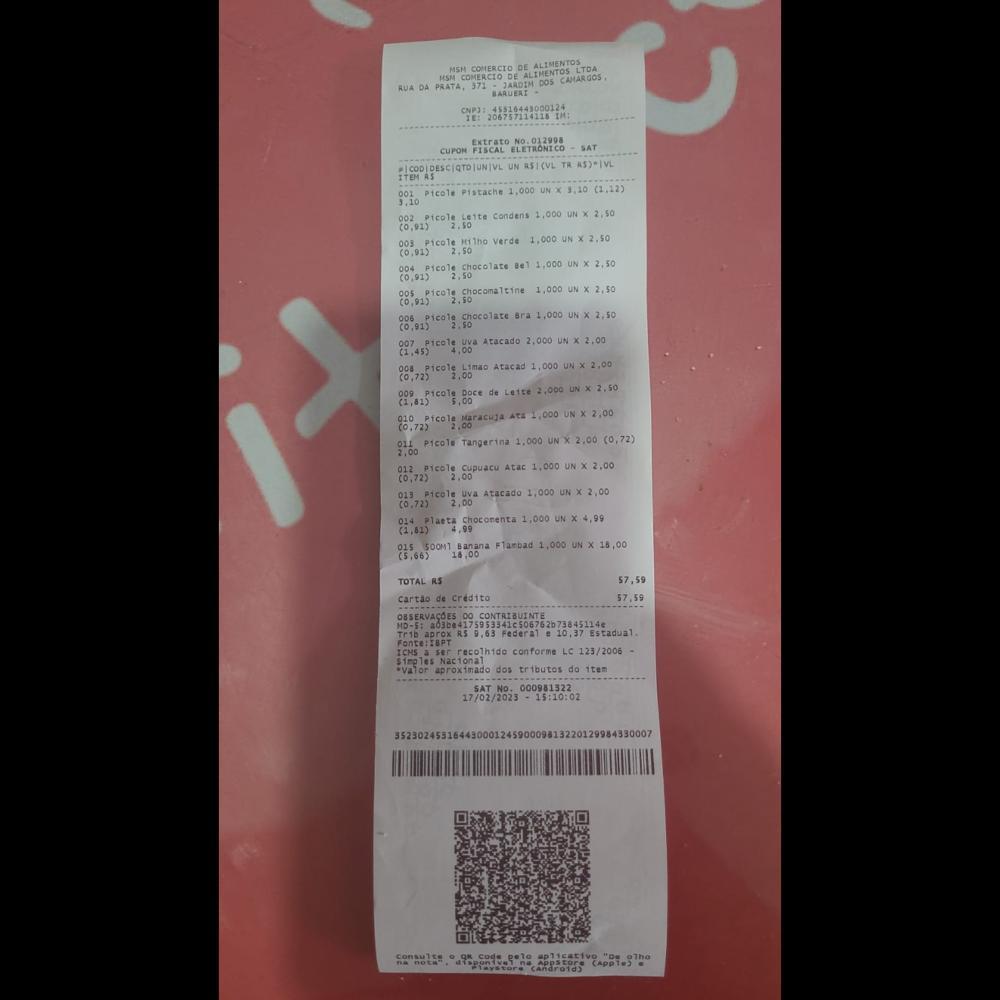
MSH COMERCIO DE ALIMENTO LTDA MSM. COMERCIO DE JARDIM pos APRNTEAATOs. RUADA PRATA, 371 BARUEAI CNPI: 4551044100014M IE: 206757114118 IM Extrato No.012908 CUPON FISCAL ELETRONICO SAT COD/DESCIOTDIUNIVE UN RSICVL TA AS)*IVL ITEMAS 001 Picole Pistache 1,000 UN - 3,10 (1,12) 3.10 002 picole Leite Condens 1,000 UN X 2,50 (0,91) 2.50 005 Picole Miho verde 1,000 UN X2.50 (0,01) 2.50 004. Picole chocolate Bel 1,000 UN X 2,50 (0,91) 2,50 005 Picole Chocomaltine 1,000 UN X 2,50 (0,91) 2.50 006 Picole Chocolate sra 1,000 UN X2,50 (0,91) 2.50 007, Picole uva Atacado 2,000 UN X2.00 (1.45) 4,00 008 Picole Limao Atacad 1,000 UN x2,00 (0,72) 2.00 009. Picole Doce de Leite 2,000 UN X2.50 (1,81) 5,00 910 Picole Maracua Ata 1,000 UN x 2,00 (0.72) 2.00 011 Picole Tangerina 1,000 UN X 2.00 (0,72) 2,00 012. picole cupuacu Atac 1,000 UN X2.00 (0,72) 2,00 013. Picole uva Atacado 1,000 UN X2,00 (0.72) 2,00 014. Plaeta Chocomenta 1,000 UN X 4,99 (1,81) 4,99 015 500M1 Banana Flambad 1,000 UN X 16,00 (5,66) 18,00 TOTAL RS cartao de credito OBSERVAÇOES 0o. CONTRIBUINTE. HD-5: 403be4175953341c506762073845114 Trib aprox RS 9,63 Federal e 10,37 Estadual. Fonte:TBPT ICHS ser. recolhido conforme LC 123/2006 simples Nacional *vaior aproximado dos tributos do item SAT. No.. 000901322 17/02/2023 15:10:02 57,59 57,59 . Cods. eete aplicativo, eTho